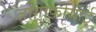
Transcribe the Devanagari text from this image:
जोग़्राफ़ीयाई